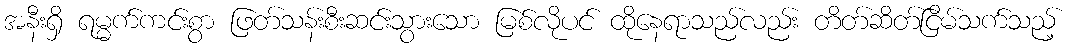
အနီးရှိ ရမ္မက်ကင်းစွာ ဖြတ်သန်းစီးဆင်းသွားသော မြစ်လိုပင် ထိုနေရာသည်လည်း တိတ်ဆိတ်ငြိမ်သက်သည့်